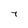
Character: 7